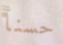
حسنأ